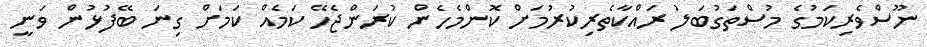
ނޫސްވެރިކަމުގެ މުސްތަގުބަލު ރައްކާތެރިކުރުމަށް ކޮންމެހެން ކުރަންޖެހޭ ކަމެއް ކަމަށް ގިނަ ބޭފުޅުން ވަނީ